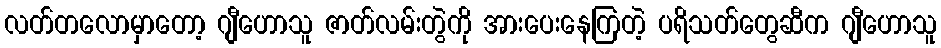
လတ်တလောမှာတော့ ဂျီဟောသူ ဇာတ်လမ်းတွဲကို အားပေးနေကြတဲ့ ပရိသတ်တွေဆီက ဂျီဟောသူ